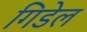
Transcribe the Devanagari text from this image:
गिडेल